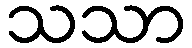
သသာ